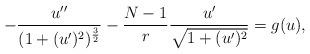
LaTeX: \begin{align*}-\frac{u'' }{(1+(u')^2)^\frac32}-\frac{N-1}r\frac{u' }{\sqrt{1+(u')^2}}=g(u),\end{align*}